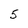
Character: 5